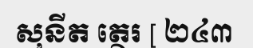
សុនីត ត្ថេរ [ ២៤៣